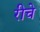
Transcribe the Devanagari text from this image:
रीचे